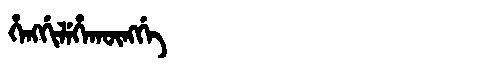
Manchu: ᡥᡝᠩᡤᡳᠯᡝᡥᠠᡴᡡᠩᡤᡝ
Romanization: HENGGILEHAKŪNGGE